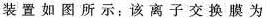
装置如图所示：该离子交换膜为